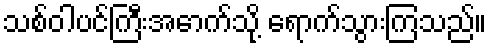
သစ်ဝါပင်ကြီးအောက်သို့ ရောက်သွားကြသည်။